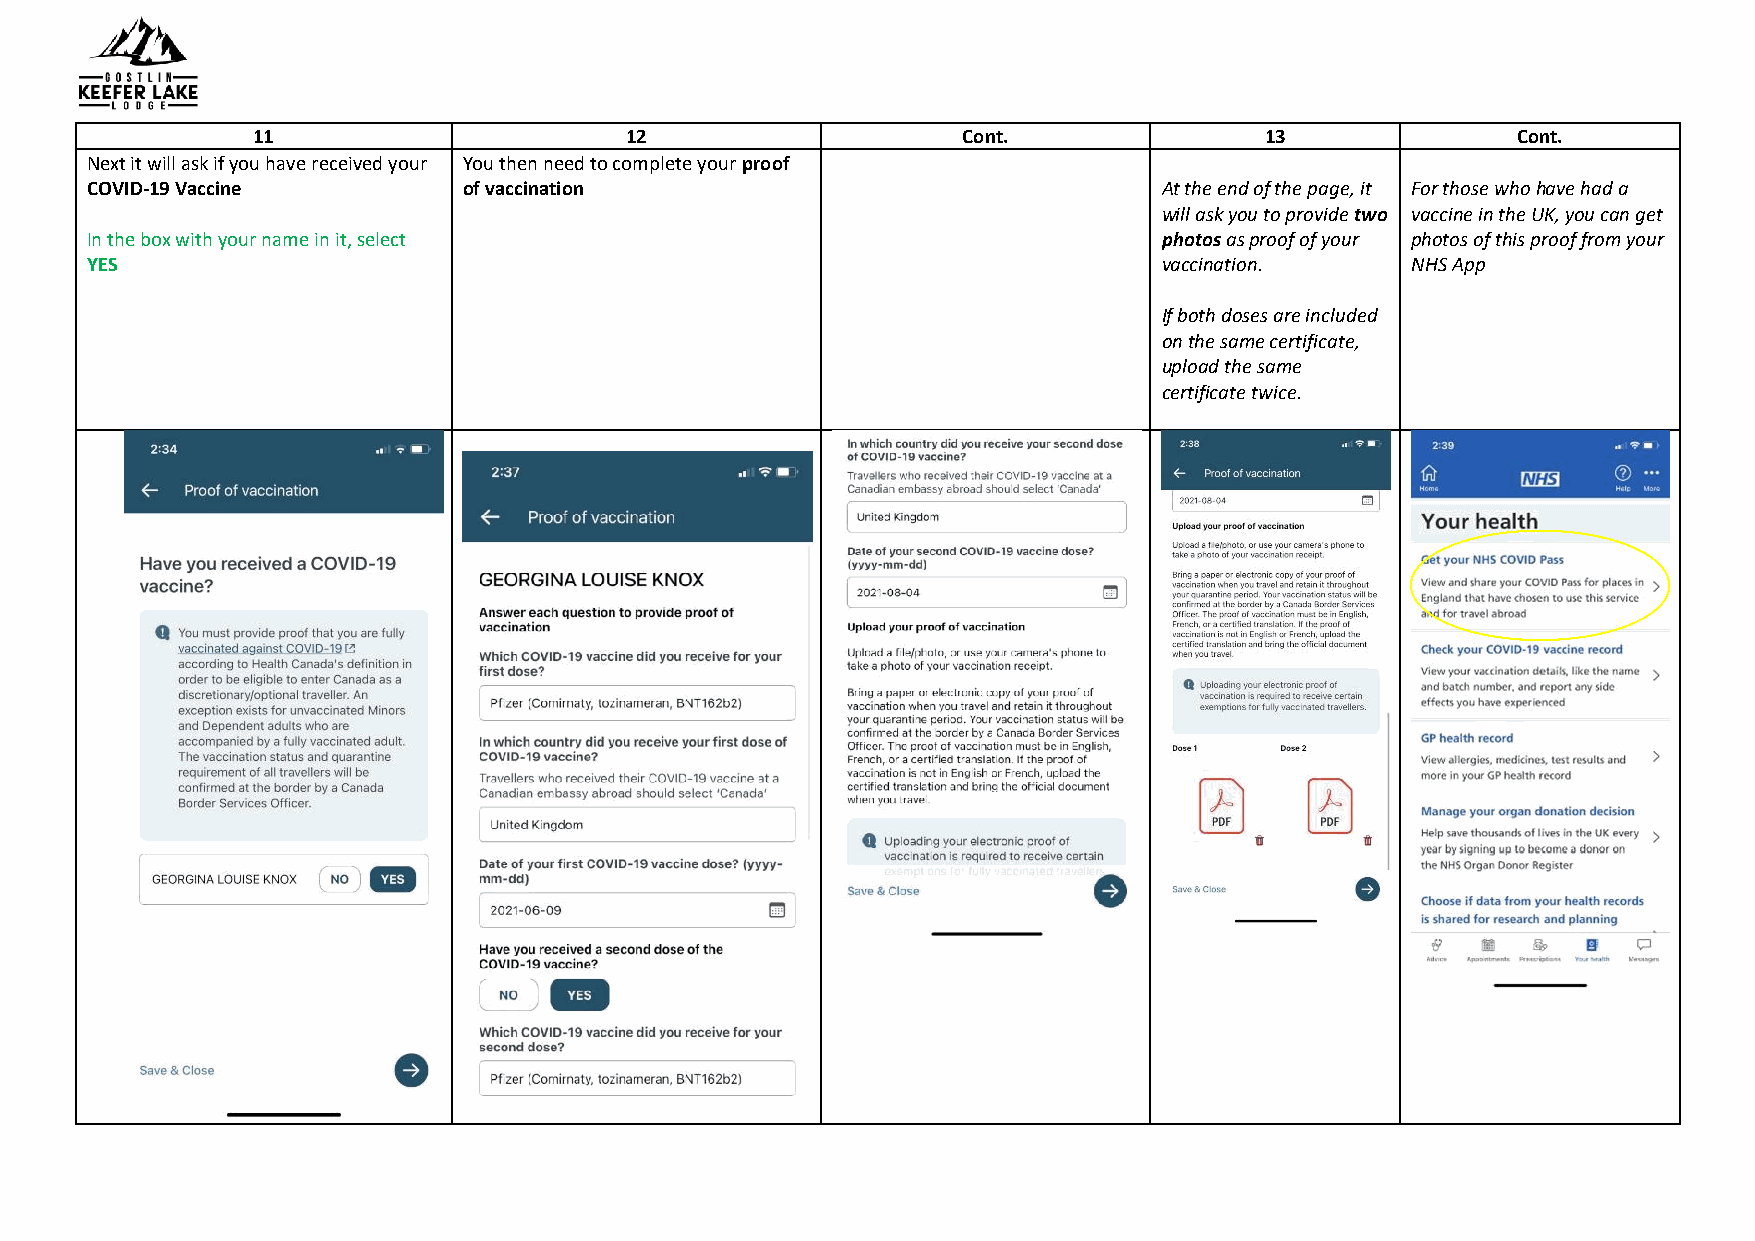
11                      12                     Cont.               13              Cont.
 Next it will ask if you have received your You then need to complete your proof
 COVID-19 Vaccine         of vaccination                                At the end of the page, it For those who have had a
 will ask you to provide two vaccine in the UK, you can get
 In the box with your name in it, select                                photos as proof of your photos of this proof from your
 YES                                                                    vaccination.    NHS App
 If both doses are included
 on the same certificate,
 upload the same
 certificate twice.